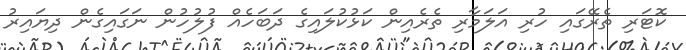
ކޮޓަރި ތެރޭގައި ހުރި އަލަމާރި ތެރެއިން ކަޅުކުލައިގެ ދަބަހެއް ފުލުހުން ނަގައިގެން ދިޔައިރު